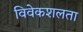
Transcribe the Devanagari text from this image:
विवेकशलता